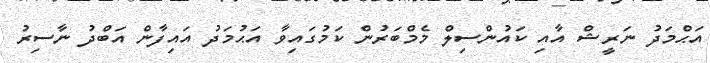
އަޙްމަދު ނަރީޝް އާއި ކައުންސިލް މެމްބަރުން ކަމުގައިވާ އަޙުމަދު އައިފާން އަބްދު ނާސިރު